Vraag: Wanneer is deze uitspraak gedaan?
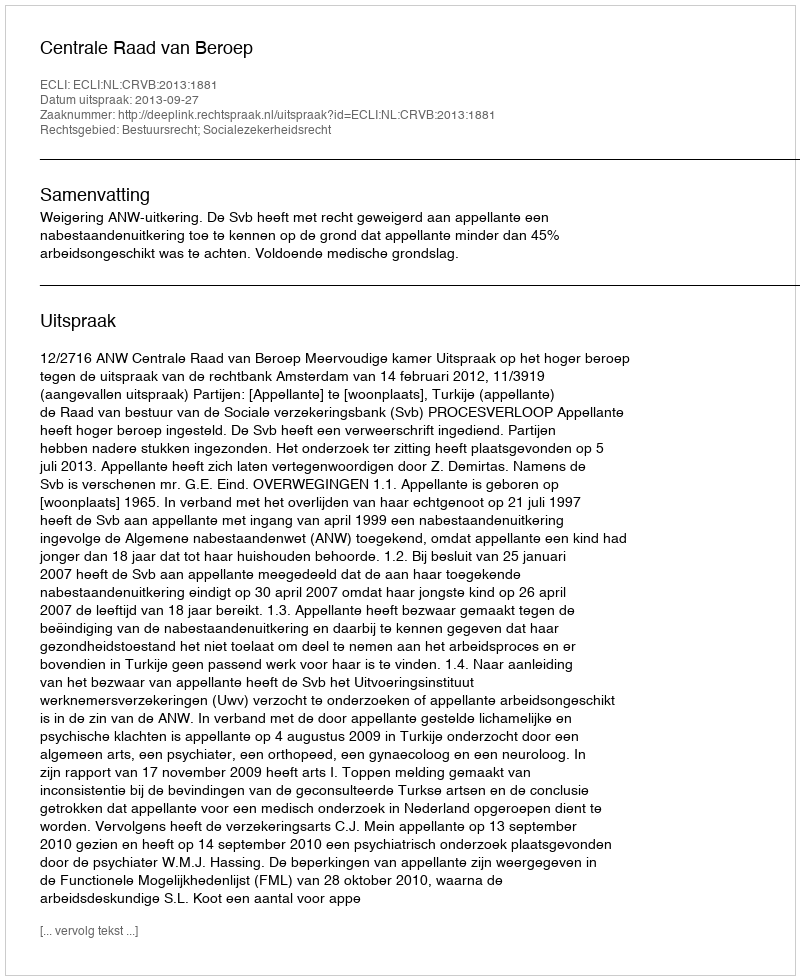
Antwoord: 2013-09-27